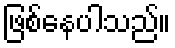
ဖြစ်နေပါသည်။